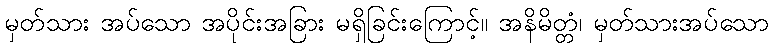
မှတ်သား အပ်သော အပိုင်းအခြား မရှိခြင်းကြောင့်။ အနိမိတ္တံ၊ မှတ်သားအပ်သော